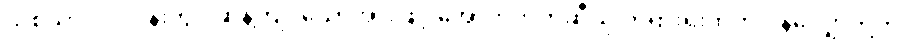
သစ်သားလုပ်ငန်းတွင် ဆန့်ကျင်သောအားဖြင့် အောက်ဘက်ဆီသို့ တရားရုံးထဲက ဂုန်လျှော်တို့ကို